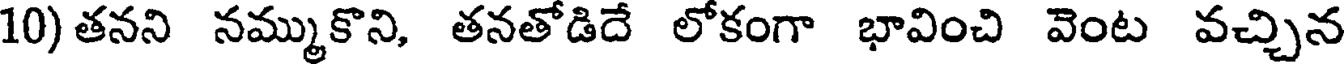
10) తనని నమ్ముకొని, తనతోడిదే లోకంగా భావించి వెంట వచ్చిన